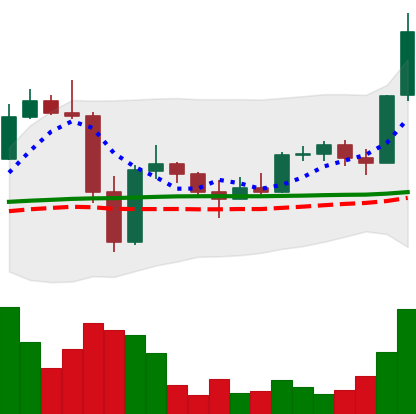
Ticker: LTC-USD
Chart end date: 2022-11-23
Forward return: -6.177%
Label: down_5_7